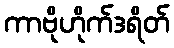
ကာဗိုဟိုက်ဒရိတ်